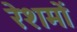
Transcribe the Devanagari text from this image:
रेशमों